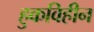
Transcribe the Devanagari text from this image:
हुकविहीन